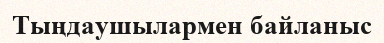
Тыңдаушылармен байланыс